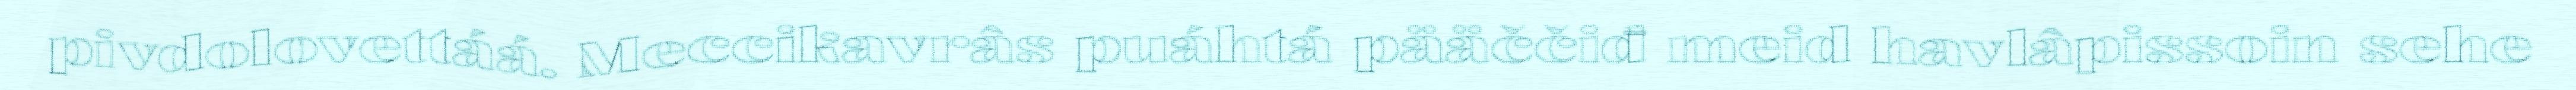
pivdolovettáá. Meccikavrâs puáhtá pääččiđ meid havlâpissoin sehe